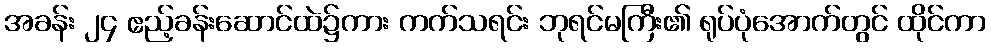
အခန်း ၂၄ ဧည့်ခန်းဆောင်ထဲ၌ကား ကက်သရင်း ဘုရင်မကြီး၏ ရုပ်ပုံအောက်တွင် ထိုင်ကာ